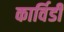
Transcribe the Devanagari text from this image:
कार्विडी